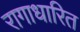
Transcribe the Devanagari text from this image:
रागाधारित